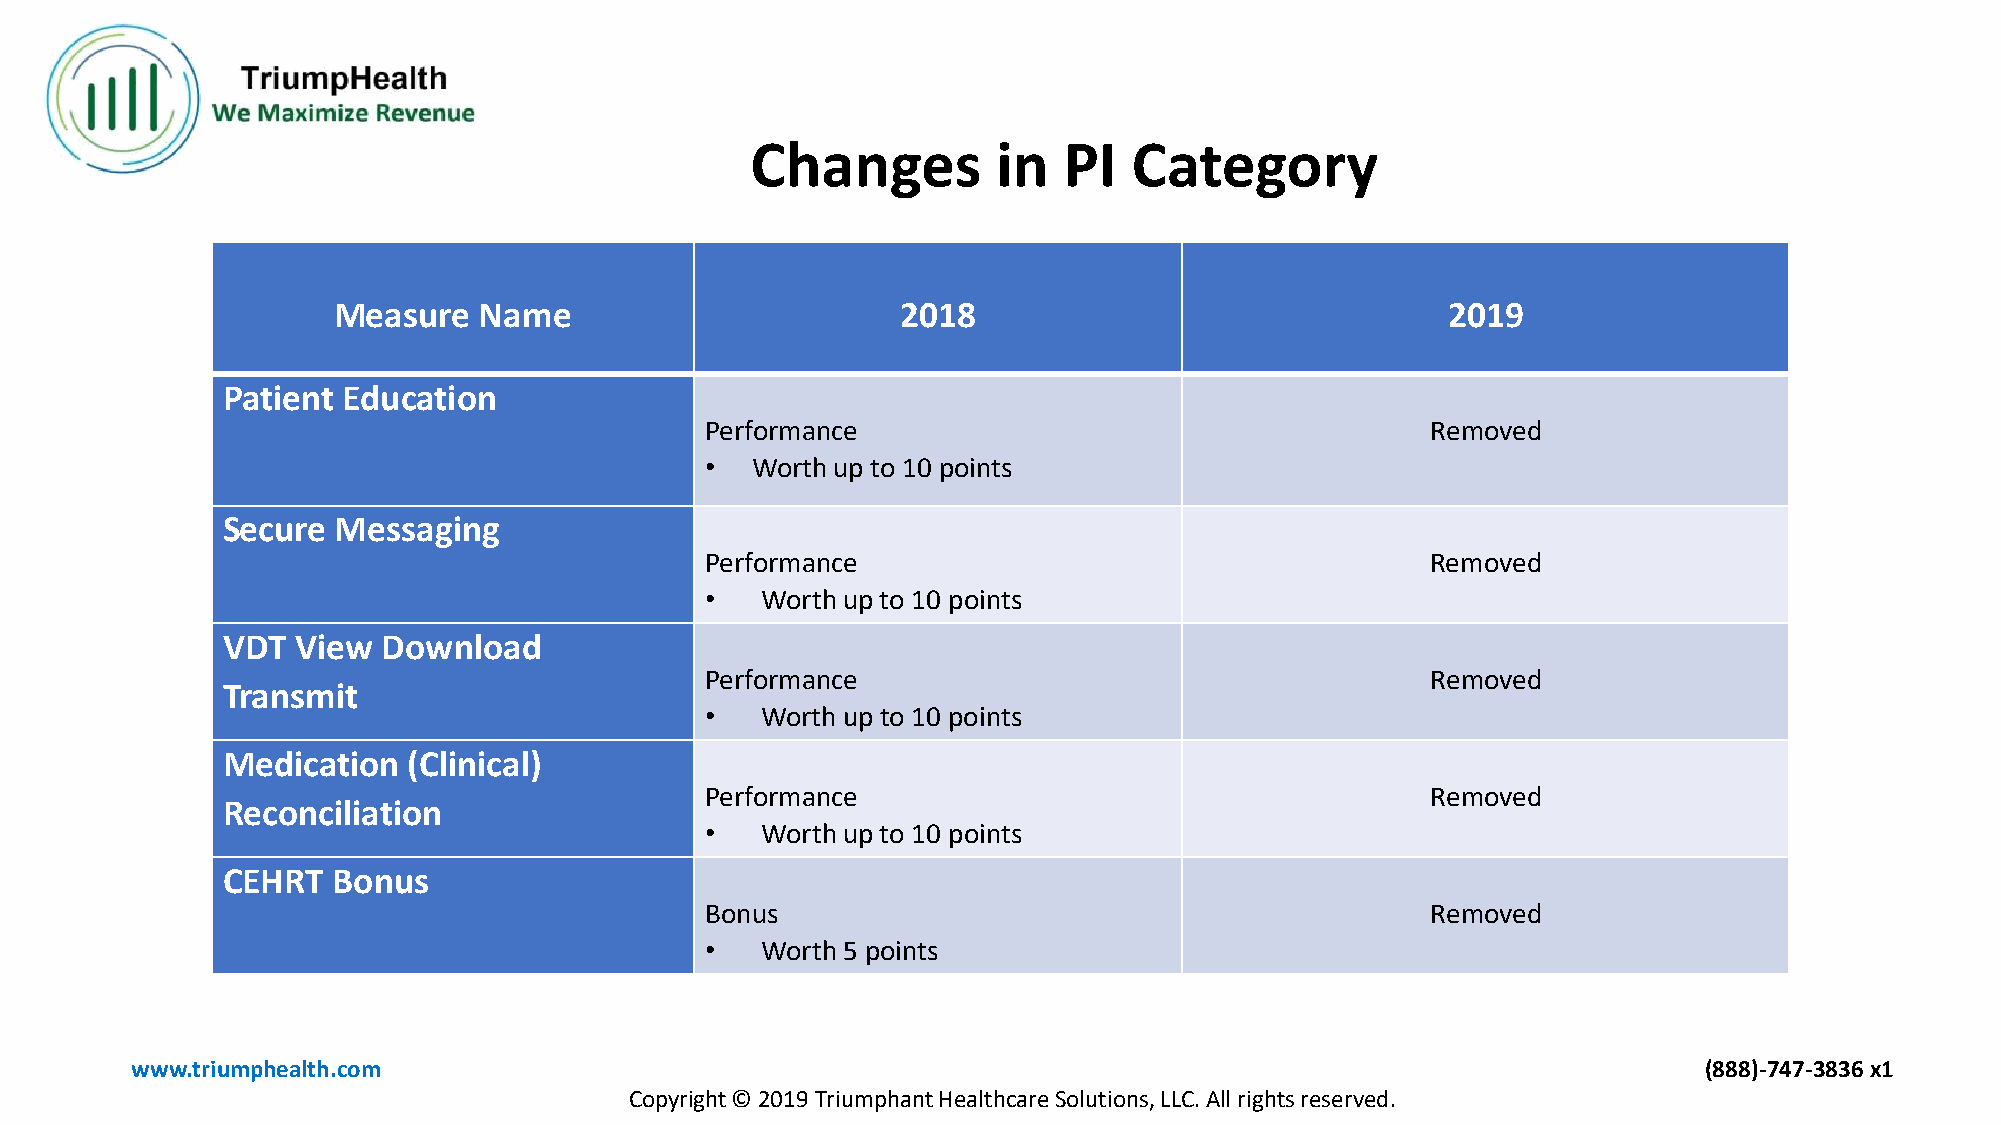
Changes         in  PI   Category
 Measure   Name                        2018                                2019
 Patient Education
 Performance                                     Removed
 •  Worth up to 10 points
 Secure Messaging
 Performance                                     Removed
 •  Worth up to 10 points
 VDT  View Download
 Performance                                     Removed
 Transmit
 •  Worth up to 10 points
 Medication  (Clinical)
 Performance                                     Removed
 Reconciliation
 •  Worth up to 10 points
 CEHRT  Bonus
 Bonus                                           Removed
 •  Worth 5 points
 www.triumphealth.com                                                                                    (888)-747-3836 x1
 Copyright © 2019 Triumphant Healthcare Solutions, LLC. All rights reserved.